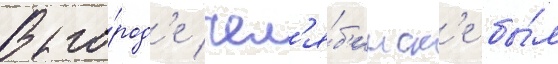
В го́род'е чел'я́б'инск'е бы́л